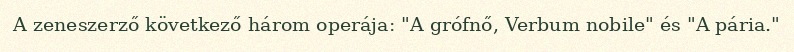
A zeneszerző következő három operája: "A grófnő, Verbum nobile" és "A pária."